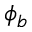
\phi _ { b }